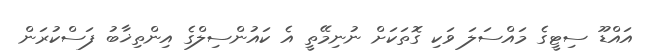
އައްޑޫ ސިޓީގެ މައްސަލަ ވަކި ގޮތަކަށް ނުނިމޭތީ އެ ކައުންސިލްގެ އިންތިޚާބު ފަސްކުރަން